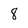
Character: 8